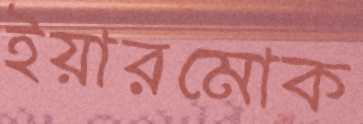
ইয়ারমোক